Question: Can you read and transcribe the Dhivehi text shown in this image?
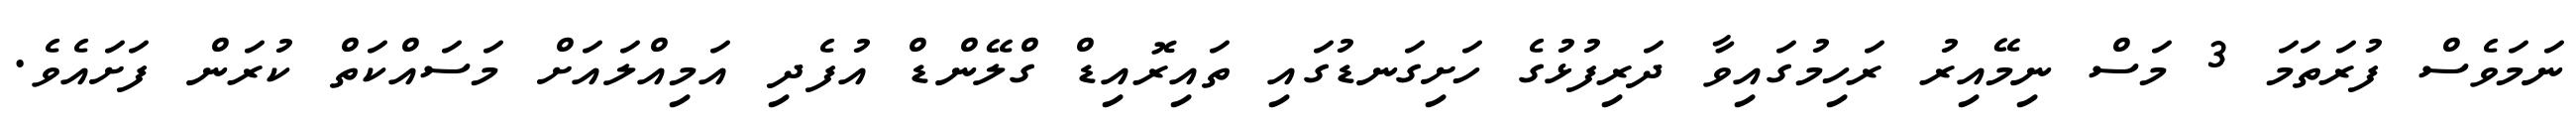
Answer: ނަމަވެސް ފުރަތަމަ 3 މަސް ނިމޭއިރު ރަހިމުގައިވާ ދަރިފުޅުގެ ހަށިގަނޑުގައި ތައިރޮއިޑް ގްލޭންޑް އުފެދި އަމިއްލައަށް މަސައްކަތް ކުރަން ފަށައެވެ.